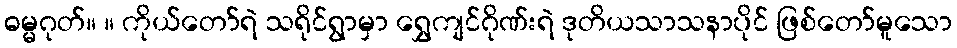
ဓမ္မဂုတ်။ ။ ကိုယ်တော်ရဲ သရိုင်ရွာမှာ ရွှေကျင်ဂိုဏ်းရဲ ဒုတိယသာသနာပိုင် ဖြစ်တော်မူသော